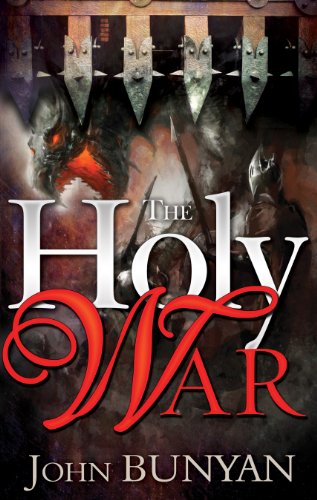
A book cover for Holy War; John Bunyan; Christian Books & Bibles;